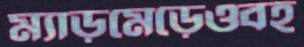
ম্যাড়মেড়েওবহ